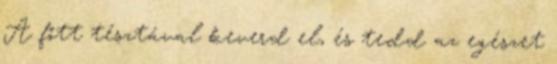
A főtt tésztával keverd el, és tedd az egészet